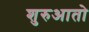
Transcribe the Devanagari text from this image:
शुरुआतो